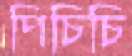
পিচিচি